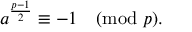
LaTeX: a ^ { \frac { p - 1 } { 2 } } \equiv - 1 { \pmod { p } } .